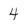
Character: 4